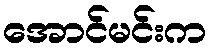
အောင်မင်းက